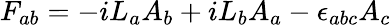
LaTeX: F_{ab}=-iL_{a}A_{b}+iL_{b}A_{a}-\epsilon_{abc}A_{c}